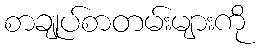
စာချုပ်စာတမ်းများကို